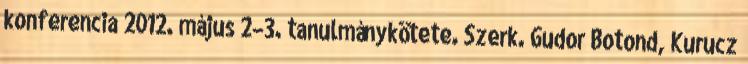
konferencia 2012. május 2–3. tanulmánykötete. Szerk. Gudor Botond, Kurucz